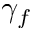
\gamma _ { f }